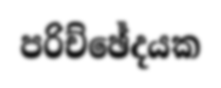
පරිච්ඡේදයක